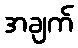
အချက်